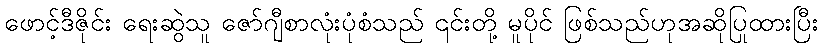
ဖောင့်ဒီဇိုင်း ရေးဆွဲသူ ဇော်ဂျီစာလုံးပုံစံသည် ၎င်းတို့ မူပိုင် ဖြစ်သည်ဟုအဆိုပြုထားပြီး